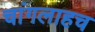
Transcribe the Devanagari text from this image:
चांगलाहच